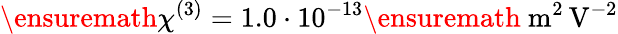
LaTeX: \ensuremath{\chi^{(3)}}=1.0\cdot 10^{-13}\ensuremath{~\mathrm{m}^{2}\, \mathrm{V}^{-2}}